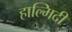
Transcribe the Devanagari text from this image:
हाल्मिदी